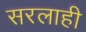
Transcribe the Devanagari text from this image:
सरलाही